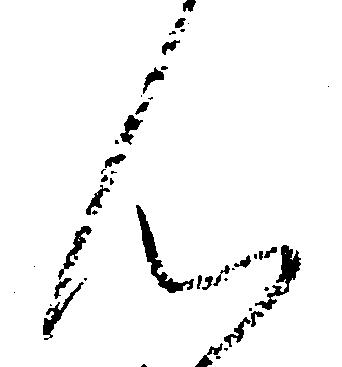
ん